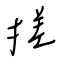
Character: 搓